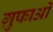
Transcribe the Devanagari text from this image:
ग़ुफाओं